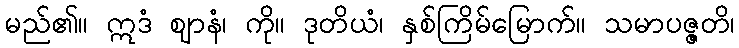
မည်၏။ ဣဒံ ဈာနံ၊ ကို။ ဒုတိယံ၊ နှစ်ကြိမ်မြောက်။ သမာပဇ္ဇတိ၊